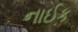
નાઈક